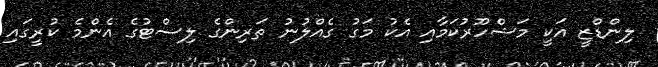
ލިންޑްޒީ އަކީ މަޝްހޫރުކަމާއި އެކު މަގު ގެއްލުނު ތަރިންގެ ލިސްޓުގެ އެންމެ ކުރީގައި